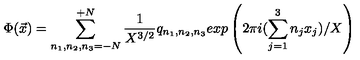
\Phi ( { \vec { x } } ) = \sum _ { n _ { 1 } , n _ { 2 } , n _ { 3 } = - N } ^ { + N } \frac { 1 } { X ^ { 3 / 2 } } q _ { n _ { 1 } , n _ { 2 } , n _ { 3 } } e x p \left( 2 \pi i ( \sum _ { j = 1 } ^ { 3 } n _ { j } x _ { j } ) / X \right)